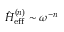
\hat { H } _ { \mathrm { e f f } } ^ { ( n ) } \sim \omega ^ { - n }